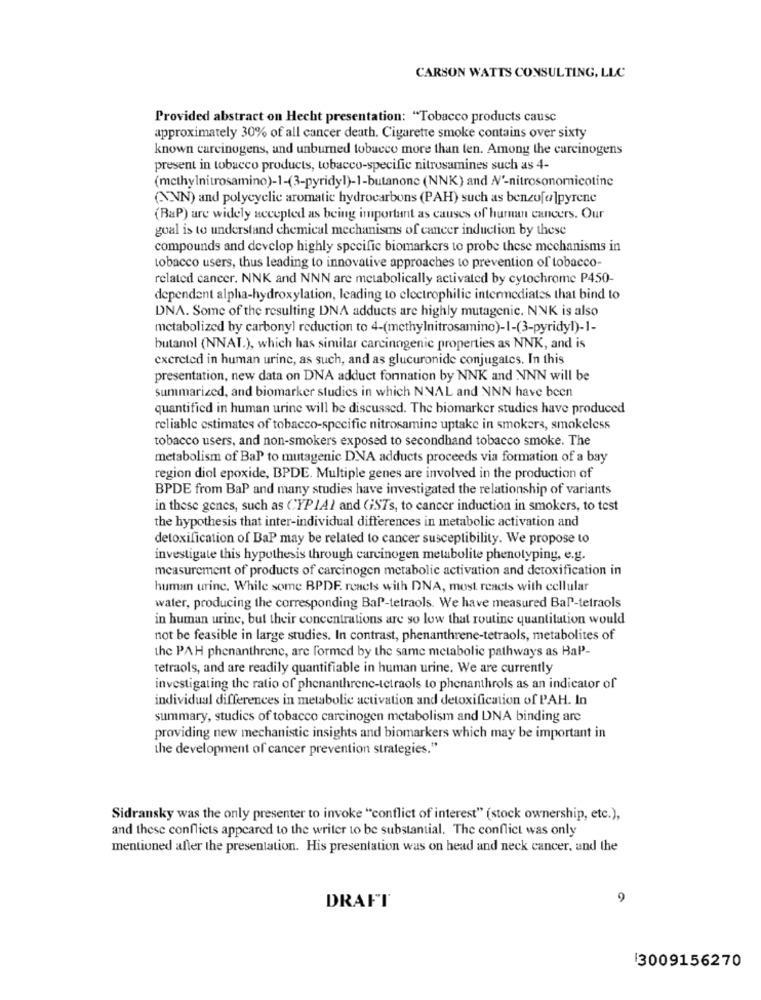
CARSON WATTS CONSULTING, LLC
Provided abstract on Hecht presentation: "Tobacco products cause
approximately 30% of all cancer death. Cigarette smoke contains over sixty
known carcinogens, und unburned tobacco more than len. Among the carcinogens
present in tobacco products, tobacco-specific nitrosamines such as 4-
(methylnitrosamino)-1-(3-pyridyl)-1-butanone (NNK) and N'-nitrosonomnicotine
(ANN) and polycyclic aromatic hydrocarbons (PAH) such as benzufa ]pyrene
(BaP) are widely accepted as being important as causes of human cancers. Our
goal is to understand chemical mechanisms of cancer induction by these
compounds and develop highly specific biomarkers to probe these mechanisms in
tobacco users, thus leading to innovative approaches to prevention of tobacco-
related cancer. NNK and NNN are metabolically activated by cytochrome P450-
dependent alpha-hydroxylation, leading to electrophilic intermediates that bind to
DNA. Some of the resulting DNA adducts are highly mutagenic. NNK is also
metabolized by carbonyl reduction to 4-(methylnitrosamino)-1-(3-pyridyl)-1-
butanol (NNAI.), which has similar carcinogenic properties as NNK, and is
excreted in human urine, as such, and as glucuronide conjugates. In this
presentation, new data on DNA adduct formation by NNK and NNN will be
summarized, and biomarker studies in which NNAL and NNN have been
quantified in human urine will be discussed. The biomarker studies have produced
reliable estimates of tobacco-specific nitrosamine uptake in smokers, smokeless
tobacco users, and non-smokers exposed to secondhand tobacco smoke. The
metabolism of BaP to mutagenic DNA adducts proceeds via formation of a bay
region diol epoxide, BPDE. Multiple genes are involved in the production of
BPDE from BaP and many studies have investigated the relationship of variants
in these genes, such as CYP IAI and GSTs, to cancer induction in smokers, to test
the hypothesis that inter-individual differences in metabolic activation and
detoxification of BaP may be related to cancer susceptibility. We propose to
investigate this hypothesis through carcinogen metabolite phenotyping, e.g.
measurement of products of carcinogen metabolic activation and detoxification in
human urine. While some BPDE reacts with DNA, most reacts with cellular
water, producing the corresponding Bal-tetraols. We have measured Bal-tetraols
in human urine, but their concentrations are so low that routine quantitation would
not be feasible in large studies. In contrast, phenanthrene-tetraols, metabolites of
the PAH phenanthrene, are formed by the same metabolic pathways as HaP'-
tetraols, and are readily quantifiable in human urine. We are currently
investigating the ratio of phenanthrene-tetraols to phenanthrols as an indicator of
individual differences in metabolic activation and detoxification of PAH. In
summary, studies of tobacco carcinogen metabolism and DNA binding are
providing new mechanistic insights and biomarkers which may be important in
the development of cancer prevention strategies."
Sidransky was the only presenter to invoke "conflict of interest" (stock ownership, etc.),
and these conflicts appeared to the writer to be substantial. The conflict was only
mentioned after the presentation. His presentation was on head and neck cancer, and the
9
DRAFT
13009156270